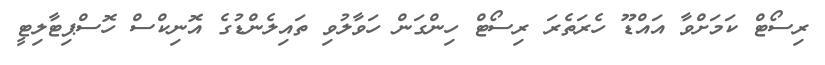
ރިސޯޓް ކަމަށްވާ އައްޑޫ ހެރަތެރަ ރިސޯޓް ހިންގަން ހަވާލުވި ތައިލެންޑުގެ އޮނިކްސް ހޮސްޕިޓާލިޓީ